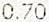
0.70